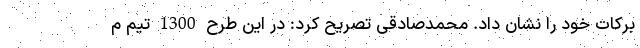
برکات خود را نشان داد. محمدصادقی تصریح کرد: در این طرح 1300 تیم م